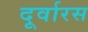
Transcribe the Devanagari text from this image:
दूर्वारस